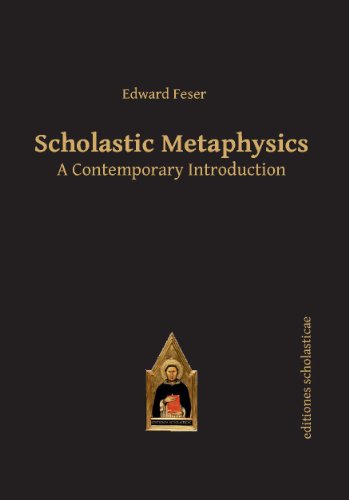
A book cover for Scholastic Metaphysics: A Contemporary Introduction (Editiones Scholasticae); Edward Feser; Politics & Social Sciences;